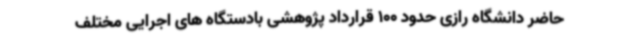
حاضر دانشگاه رازی حدود 100 قرارداد پژوهشی بادستگاه های اجرایی مختلف